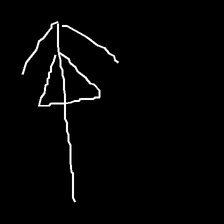
Glyph: pull